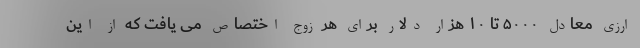
ارزی معادل ۵۰۰۰ تا ۱۰ هزار دلار برای هر زوج اختصاص می یافت که از این